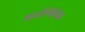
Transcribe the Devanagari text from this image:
काल्विवेक